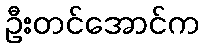
ဦးတင်အောင်က